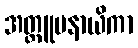
အတ္တူပနာယိကာ